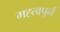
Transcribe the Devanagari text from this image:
मह्त्वपुर्न